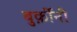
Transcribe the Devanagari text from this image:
बुर्क़ीनी